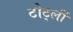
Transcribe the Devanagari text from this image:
टोर्ट्ली